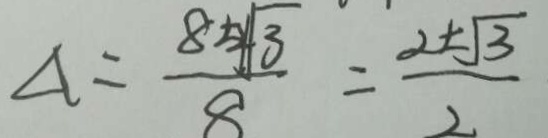
\Delta = \frac { 8 \pm \sqrt { 3 } } { 8 } = \frac { 2 \pm \sqrt { 3 } } { 2 }